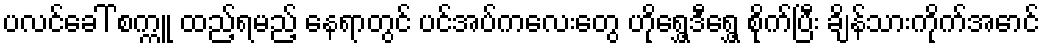
ပလင်ခေါ် စက္ကူ ထည့်ရမည့် နေရာတွင် ပင်အပ်ကလေးတွေ ဟိုရွှေ့ဒီရွှေ့ စိုက်ပြီး ချိန်သားကိုက်အောင်